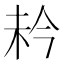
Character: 𪱼